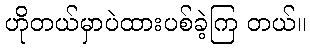
ဟိုတယ်မှာပဲထားပစ်ခဲ့ကြ တယ်။